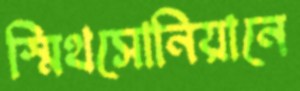
স্মিথসোনিয়ানে